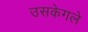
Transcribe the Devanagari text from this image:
उसकेगले